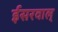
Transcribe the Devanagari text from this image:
ईसरवाल्